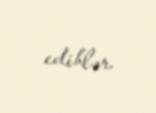
ediblər.